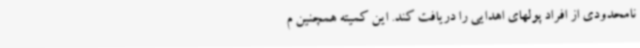
نامحدودی از افراد پولهای اهدایی را دریافت کند. این کمیته همچنین م